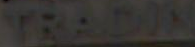
TRADIN